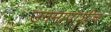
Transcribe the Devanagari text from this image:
उगमापाशीच